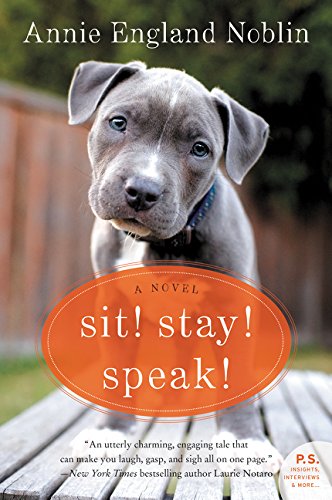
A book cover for Sit! Stay! Speak!: A Novel; Annie England Noblin; Literature & Fiction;